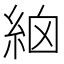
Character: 𥿳